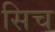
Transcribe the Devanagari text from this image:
सिच